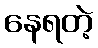
နေရတဲ့